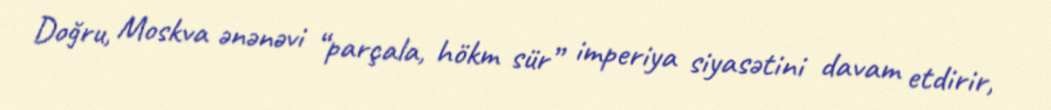
Doğru, Moskva ənənəvi “parçala, hökm sür” imperiya siyasətini davam etdirir,